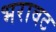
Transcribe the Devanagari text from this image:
भरावट